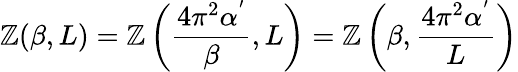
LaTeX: \mathbb{Z}(\beta,L)=\mathbb{Z}\left(\frac{{4\pi^{2}\alpha^{'}}}{{\beta}},L\right)=\mathbb{Z}\left(\beta,\frac{{4\pi^{2}\alpha^{'}}}{{L}}\right)